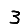
Digit: 3